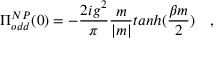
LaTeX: \Pi _ { o d d } ^ { N P } ( 0 ) = - \frac { 2 i g ^ { 2 } } { \pi } \frac { m } { | m | } t a n h ( \frac { \beta m } { 2 } ) ~ ~ ~ ,